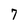
Character: 7